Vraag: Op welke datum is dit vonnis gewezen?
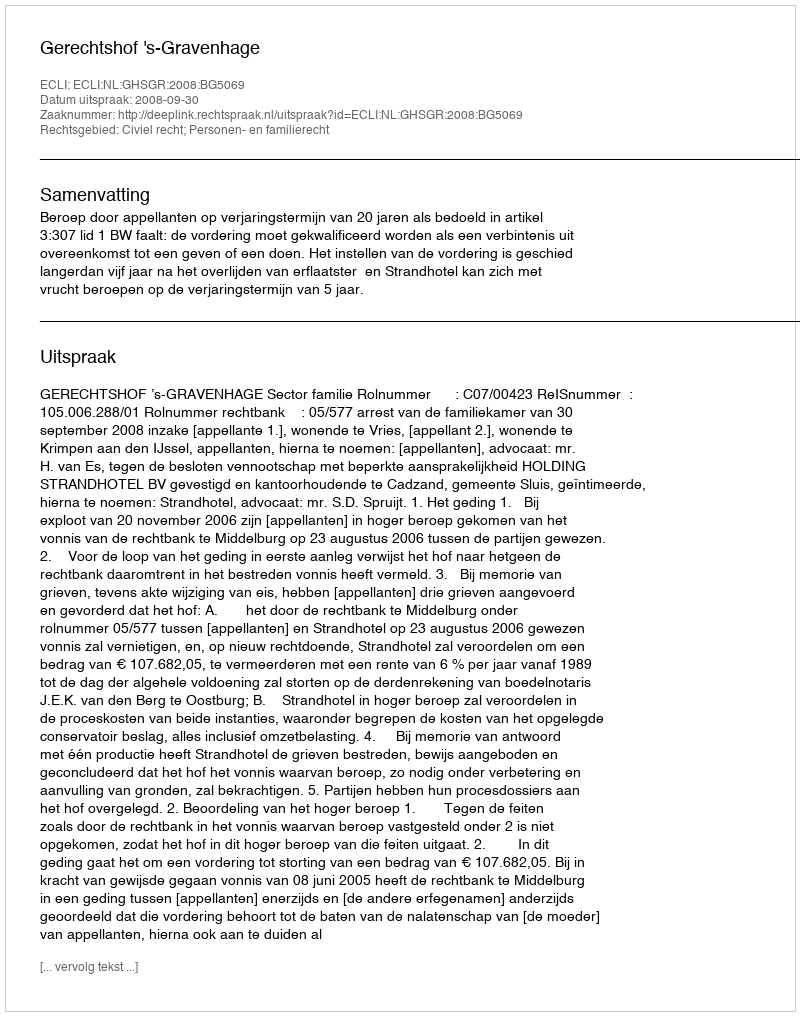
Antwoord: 2008-09-30